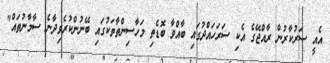
އެއީ ސަރުކާރުން ރާއްޖޭގެ އެކި ސަރަހައްދުގައި ބާއްވާ ބޮޑެތި މަހާސިންތާތަކުގައި ބޭނުންކުރެވިދާނެ ސާމާނުތައް"